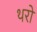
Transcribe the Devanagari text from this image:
थरो